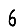
Digit: 6